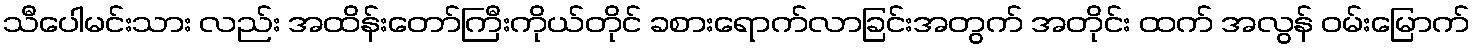
သီပေါမင်းသား လည်း အထိန်းတော်ကြီးကိုယ်တိုင် ခစားရောက်လာခြင်းအတွက် အတိုင်း ထက် အလွန် ဝမ်းမြောက်